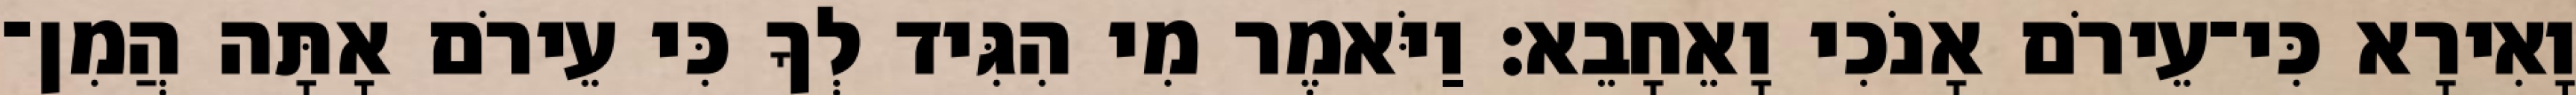
וָאִירָא כִּי־עֵירֹם אָנֹכִי וָאֵחָבֵא׃ וַיֹּאמֶר מִי הִגִּיד לְךָ כִּי עֵירֹם אָתָּה הֲמִן־